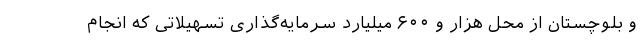
و بلوچستان از محل هزار و ۶۰۰ میلیارد سرمایه‌گذاری تسهیلاتی که انجام